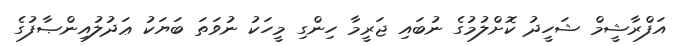
އަފްރާޝީމް ޝަހީދު ކޮށްލުމުގެ ނުބައި ޖަރީމާ ހިންގި މީހަކު ނުވަތަ ބަޔަކު ޢަދުލުއިންޞާފުގެ